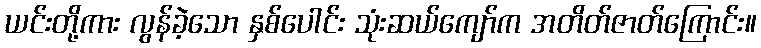
ယင်းတို့ကား လွန်ခဲ့သော နှစ်ပေါင်း သုံးဆယ်ကျော်က အတိတ်ဇာတ်ကြောင်း။